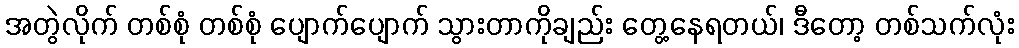
အတွဲလိုက် တစ်စုံ တစ်စုံ ပျောက်ပျောက် သွားတာကိုချည်း တွေ့နေရတယ်၊ ဒီတော့ တစ်သက်လုံး